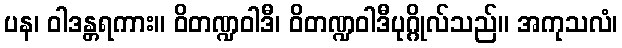
ပန၊ ဝါဒန္တရကား။ ဝိတဏ္ဍဝါဒီ၊ ဝိတဏ္ဍဝါဒီပုဂ္ဂိုလ်သည်။ အကုသလံ၊